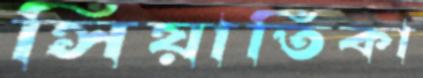
সিয়াতিকা